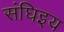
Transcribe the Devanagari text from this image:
संघिइय